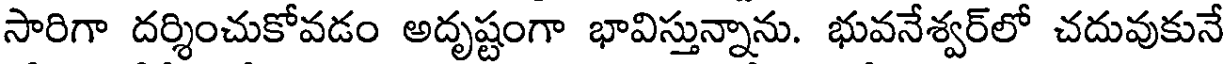
సారిగా దర్శించుకోవడం అదృష్టంగా భావిస్తున్నాను. భువనేశ్వర్లో చదువుకునే